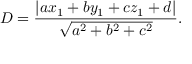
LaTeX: D = { \frac { \left| a x _ { 1 } + b y _ { 1 } + c z _ { 1 } + d \right| } { \sqrt { a ^ { 2 } + b ^ { 2 } + c ^ { 2 } } } } .